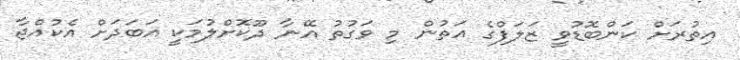
އިތުރަށް ކަންބޮޑުވީ ޒަލަފްގެ އަތުން މި ވަގުތު އޭނާ ދޫކޮށްލުމަކީ އަބަދަށް އެކުއްޖާ